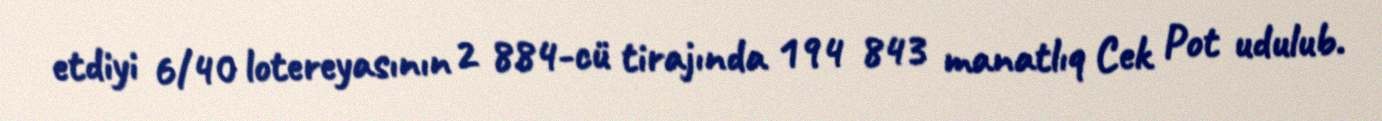
etdiyi 6/40 lotereyasının 2 884-cü tirajında 194 843 manatlıq Cek Pot udulub.